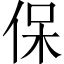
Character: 保